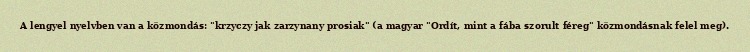
A lengyel nyelvben van a közmondás: "krzyczy jak zarzynany prosiak" (a magyar "Ordít, mint a fába szorult féreg" közmondásnak felel meg).